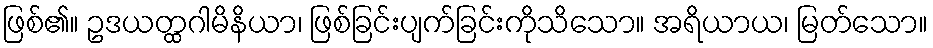
ဖြစ်၏။ ဥဒယတ္ထဂါမိနိယာ၊ ဖြစ်ခြင်းပျက်ခြင်းကိုသိသော။ အရိယာယ၊ မြတ်သော။